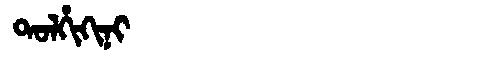
Manchu: ᡨᠣᠯᡥᡳᡴᡳᠨᡳ
Romanization: TOLHIKINI